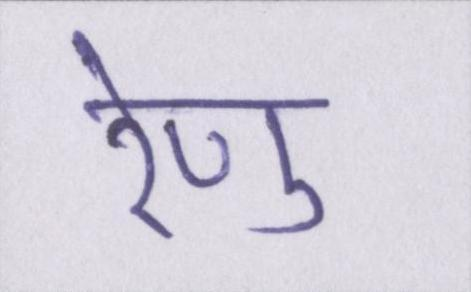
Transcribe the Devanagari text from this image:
रेणु